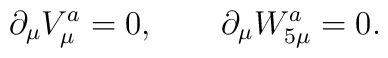
\partial_{\mu} V_{\mu}^{a} = 0,~~~~~~ \partial_{\mu} W_{5 \mu}^{a} = 0 .